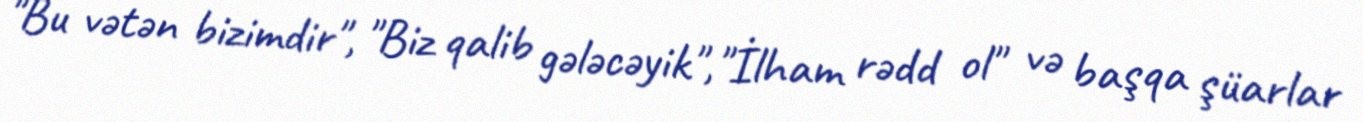
"Bu vətən bizimdir", "Biz qalib gələcəyik","İlham rədd ol" və başqa şüarlar